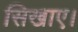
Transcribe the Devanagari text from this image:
सिखाए।